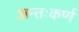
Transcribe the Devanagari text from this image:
अन्तःकर्ण